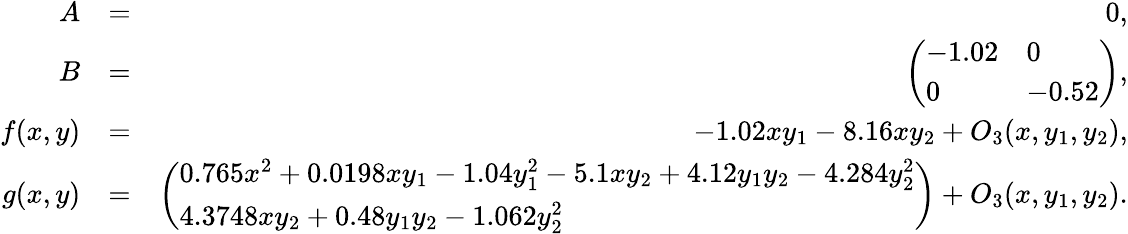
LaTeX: \begin{array}{rlr}{A}&{=}&{0,}\\ {B}&{=}&{\left(\begin{array}{ll}{-1.02}&{0}\\ {0}&{-0.52}\end{array}\right),}\\ {f(x,y)}&{=}&{-1.02xy_{1}-8.16xy_{2}+O_{3}(x,y_{1},y_{2}),}\\ {g(x,y)}&{=}&{\left(\begin{array}{l}{0.765x^{2}+0.0198xy_{1}-1.04y_{1}^{2}-5.1xy_{2}+4.12y_{1}y_{2}-4.284y_{2}^{2}}\\ {4.3748xy_{2}+0.48y_{1}y_{2}-1.062y_{2}^{2}}\end{array}\right)+O_{3}(x,y_{1},y_{2}).}\end{array}